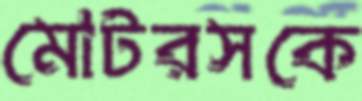
মোটরসকে